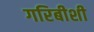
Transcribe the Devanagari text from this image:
गरिबीशी